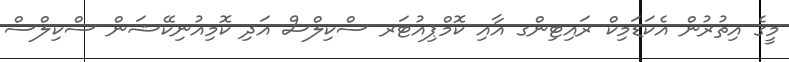
މީގެ އިތުރުން އެކަޑަމިކް ރައިޓިންގ އާއި ކޮމްޕިއުޓަރ ސްކިލްސް އަދި ކޮމިއުނިކޭޝަން ސްކިލްސް